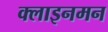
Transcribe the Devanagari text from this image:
क्लाइनमन